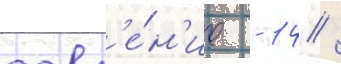
давл'е́н'ие - 14 /